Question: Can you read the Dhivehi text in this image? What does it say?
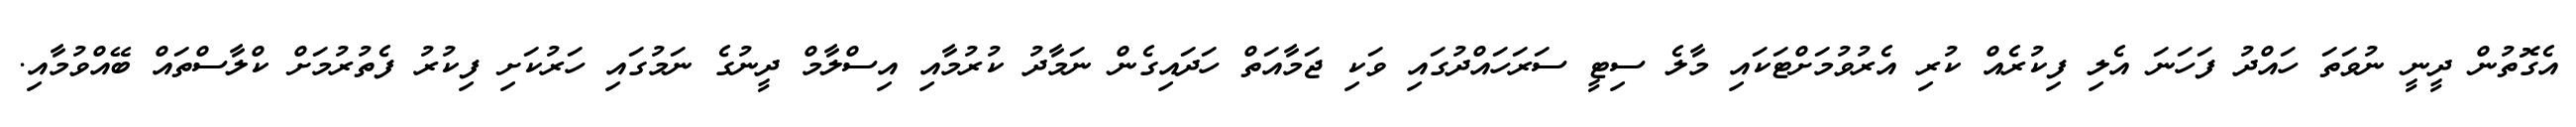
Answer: އެގޮތުން ދީނީ ނުވަތަ ހައްދު ފަހަނަ އެލި ފިކުރެއް ކުރި އެރުވުމަށްޓަކައި މާލެ ސިޓީ ސަރަހައްދުގައި ވަކި ޖަމާއަތް ހަދައިގެން ނަމާދު ކުރުމާއި އިސްލާމް ދީނުގެ ނަމުގައި ހަރުކަށި ފިކުރު ފެތުރުމަށް ކްލާސްތައް ބޭއްވުމާއި.